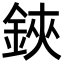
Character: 鋏